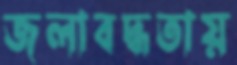
জলাবদ্ধতায়